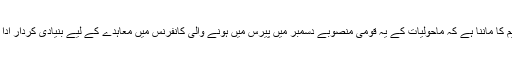
عالمی تنظیم کا ماننا ہے کہ ماحولیات کے یہ قومی منصوبے دسمبر میں پیرس میں ہونے والی کانفرنس میں معاہدے کے لیے بنیادی کردار ادا کریں گے۔